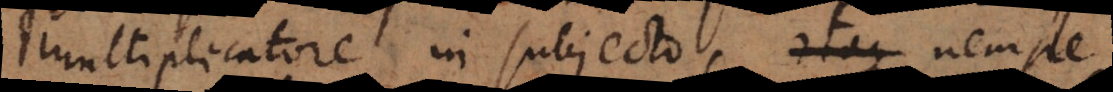
multiplicatore in subjecto, nempe